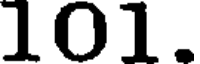
101.